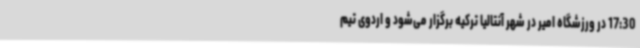
17:30 در ورزشگاه امیر در شهر آنتالیا ترکیه برگزار می‌شود و اردوی تیم